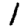
Digit: 1